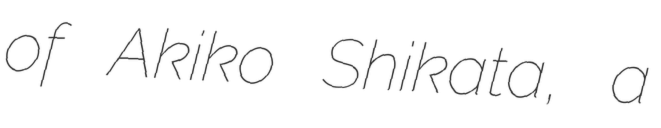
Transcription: of Akiko Shikata, a